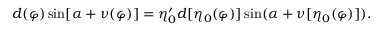
d ( \varphi ) \sin [ \alpha + \nu ( \varphi ) ] = \eta _ { 0 } ^ { \prime } d [ \eta _ { 0 } ( \varphi ) ] \sin ( \alpha + \nu [ \eta _ { 0 } ( \varphi ) ] ) .